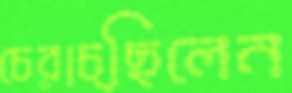
চেরাচ্ছিলেন